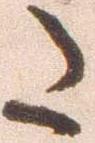
た